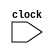
`define PC R[15] // {p PC O R[15] OW

module cpu0mc(input clock); // CPU0-Mini Gcpu0mc 
  parameter [7:0] LD = 8'h00, ST=8'h01, ADD=8'h13, JMP=8'h26; //  4 O
  reg signed [31:0] R [0:15];   // is R[0..15]  16  32 s
  reg signed [31:0] IR;         // Os IR
  reg [7:0] m [0:128];          // O
  reg [7:0] op;                 // GBNX op
  reg [3:0] ra, rb, rc;         // GsN ra, rb, rc
  reg signed [11:0] cx12;       // G12 ` cx12
  reg signed [15:0] cx16;       // G16 ` cx16
  reg signed [23:0] cx24;       // G24 ` cx24
  reg signed [31:0] addr;       // GsO}

  initial  // l
  begin
    `PC = 0;                    // N PC ]_} 0
    R[0] = 0;                   // N R[0] sj]w 0
    {m[0],m[1],m[2],m[3]}    = 32'h001F0018; // 0000       LD   R1, K1
    {m[4],m[5],m[6],m[7]}    = 32'h002F0010; // 0004       LD   R2, K0
    {m[8],m[9],m[10],m[11]}  = 32'h003F0014; // 0008       LD   R3, SUM
    {m[12],m[13],m[14],m[15]}= 32'h13221000; // 000C LOOP: ADD  R2, R2, R1
    {m[16],m[17],m[18],m[19]}= 32'h13332000; // 0010       ADD  R3, R3, R2
    {m[20],m[21],m[22],m[23]}= 32'h26FFFFF4; // 0014       JMP  LOOP
    {m[24],m[25],m[26],m[27]}= 32'h00000000; // 0018 K0:   WORD 0
    {m[28],m[29],m[30],m[31]}= 32'h00000001; // 001C K1:   WORD 1
    {m[32],m[33],m[34],m[35]}= 32'h00000000; // 0020 SUM:  WORD 0
  end
  
  always @(posedge clock) begin // b clock to
      IR = {m[`PC], m[`PC+1], m[`PC+2], m[`PC+3]};  // O^qGIR=m[PC], 4  Byte O
      `PC = `PC+4;                                  // ^APC eiU@O}
      {op,ra,rb,rc,cx12} = IR;                      // XqGN IR  {op, ra, rb, rc, cx12}
      cx24 = IR[23:0];                              //           X IR[23:0] J cx24
      cx16 = IR[15:0];                              //           X IR[15:0] J cx16
      addr = `PC+cx16;                              // Os} = PC+cx16
      case (op) //  OP @
        LD: begin   // JOG R[ra] = m[addr]
          R[ra] = {m[addr], m[addr+1], m[addr+2], m[addr+3]};
          $write("%4dns %8x : LD  %x,%x,%-4x", $stime, `PC, ra, rb, cx16);
          end
        ST: begin   // xsOG m[addr] = R[ra]
          {m[addr], m[addr+1], m[addr+2], m[addr+3]} = R[ra];
          $write("%4dns %8x : ST  %x,%x,%-4x", $stime, `PC, ra, rb, cx16);
          end
        ADD: begin  // [kOG R[ra] = R[rb]+R[rc]
          R[ra] = R[rb]+R[rc];
          $write("%4dns %8x : ADD %x,%x,%-4x", $stime, `PC, ra, rb, rc);
          end
        JMP:begin   // DOG PC = PC + cx24
          addr = cx24; // X cx  32 
          `PC = `PC + addr; // D}=PC+cx
          $write("%4dns %8x : JMP %-8x", $stime, `PC, cx24);
          end
      endcase
      $display(" R[%2d]=%4d", ra, R[ra]); // s
  end
endmodule

module main;                // {}l
reg clock;                  //  clock 

cpu0mc cpu(clock);          // i cpu0mc Bz

initial clock = 0;          // @}l clock ]w 0
always #10 clock=~clock;    // Cj 10 `N clock Ag 20 `
initial #640 $finish;       // b 640 `C(]o R[1] nO 1+2+...+10=55 G)
endmodule